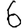
Digit: 6